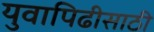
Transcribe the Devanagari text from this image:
युवापिढीसाठी